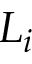
L _ { i }